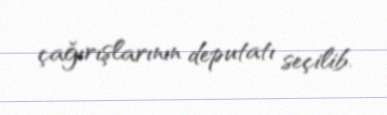
çağırışlarının deputatı seçilib.